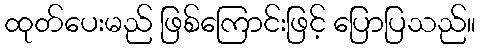
ထုတ်ပေးမည် ဖြစ်ကြောင်းဖြင့် ပြောပြသည်။